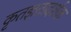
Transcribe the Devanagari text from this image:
कृतज्ञतादर्शक